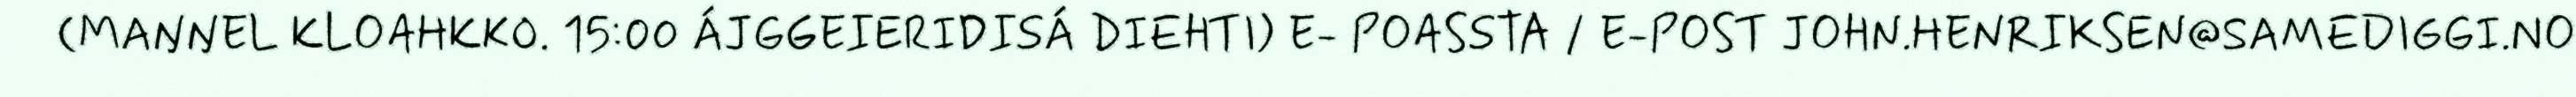
(MAŊŊEL KLOAHKKO. 15:00 ÁJGGEIERIDISÁ DIEHTI) E- POASSTA / E-POST JOHN.HENRIKSEN@SAMEDIGGI.NO